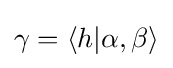
\gamma =\langle h|\alpha ,\beta \rangle